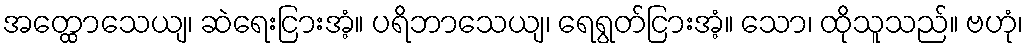
အတ္ထောသေယျ၊ ဆဲရေးငြားအံ့။ ပရိဘာသေယျ၊ ရေရွတ်ငြားအံ့။ သော၊ ထိုသူသည်။ ဗဟုံ၊